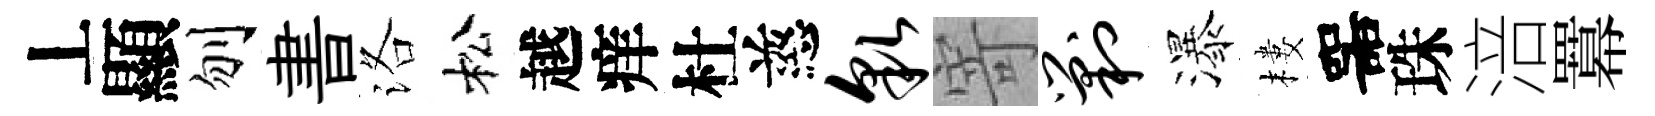
丄顯刎書洛松越痒杜慈貌寄剿瀑樓噐珠涪羃